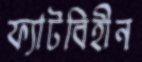
ফ্যাটবিহীন